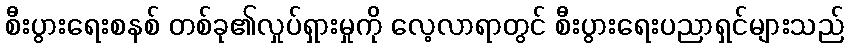
စီးပွားရေးစနစ် တစ်ခု၏လှုပ်ရှားမှုကို လေ့လာရာတွင် စီးပွားရေးပညာရှင်များသည်